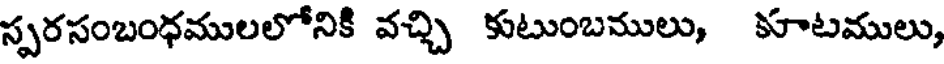
స్పరసంబంధములలోనికి వచ్చి కుటుంబములు, కూటములు,